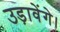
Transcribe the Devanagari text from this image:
उड़ावेंगे।